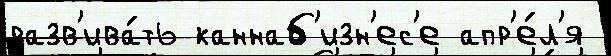
разв'ива́ть каннаб'изн'ес'е апр'е́л'я